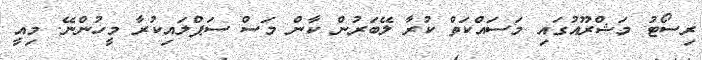
ރިސޯޓު މަޝްރޫއުގައި މަސައްކަތް ކުރާ ލޭބަރުން ކާން މަސް ސަޕްލައިކުރާ މީހުންނޭ. މިއީ